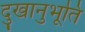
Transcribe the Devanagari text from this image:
दुखानुभूति